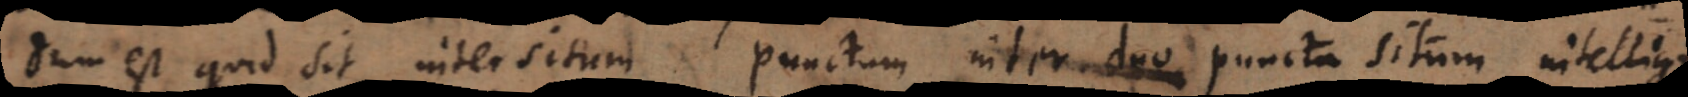
quid sit intersitum. Punctum inter duo puncta situm intelligi